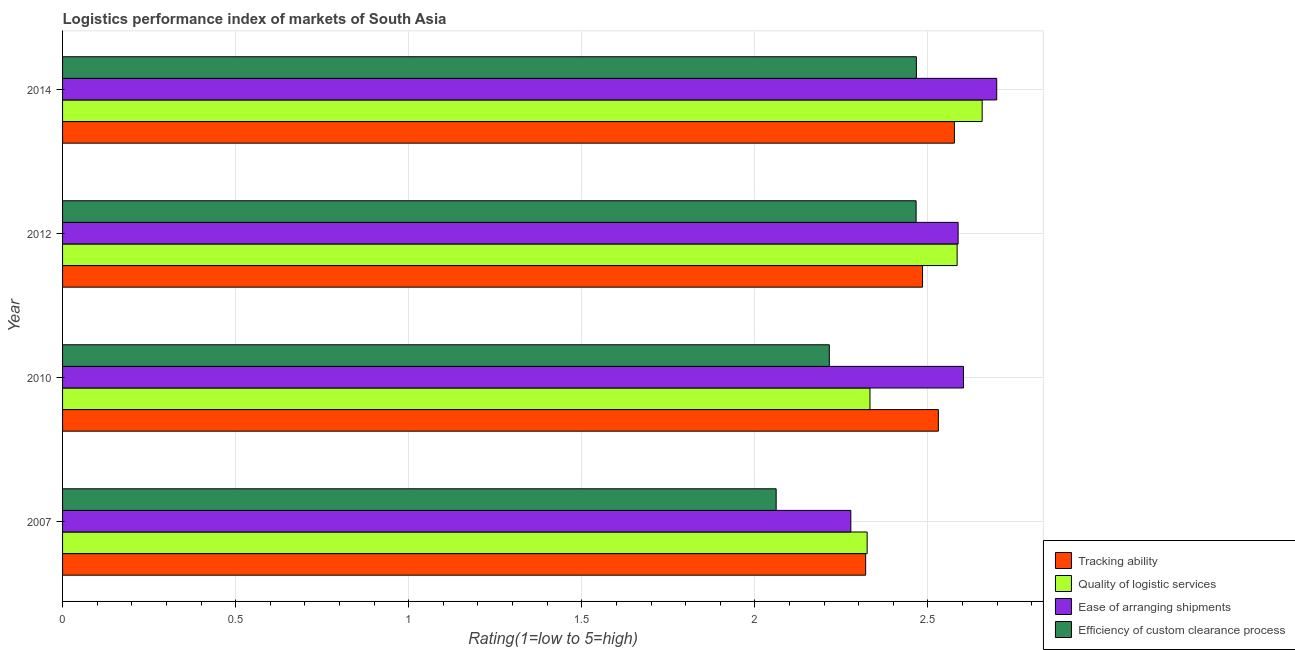
| Year | Tracking ability | Quality of logistic services | Ease of arranging shipments | Efficiency of custom clearance process |
 | --- | --- | --- | --- | --- |
 | 2007 | 2.32 | 2.32 | 2.28 | 2.06 |
 | 2010 | 2.53 | 2.33 | 2.6 | 2.21 |
 | 2012 | 2.48 | 2.58 | 2.59 | 2.47 |
 | 2014 | 2.58 | 2.66 | 2.7 | 2.47 |